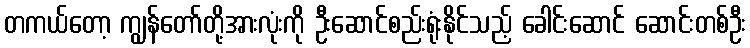
တကယ်တော့ ကျွန်တော်တို့အားလုံးကို ဦးဆောင်စည်းရုံးနိုင်သည့် ခေါင်းဆောင် ဆောင်းတစ်ဦး